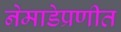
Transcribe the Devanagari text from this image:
नेमाडेप्रणीत